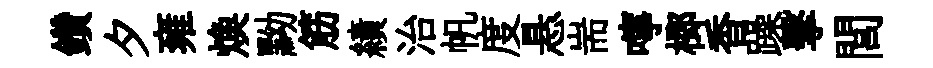
鑽夕雍焕黝筋績治帆度悬耑嚀榔香躁擊閭